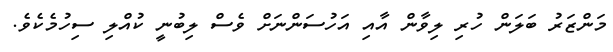
މަންޒަރު ބަލަން ހުރި ލިވާން އާއި އަހުސަންނަށް ވެސް ލިބުނީ ކުއްލި ސިހުމެކެވެ.